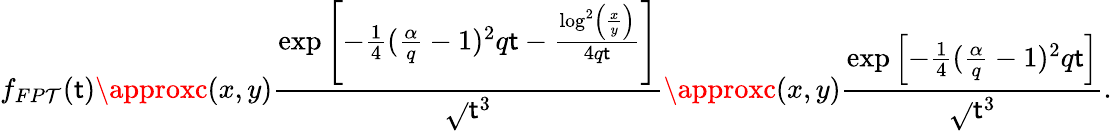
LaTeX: f_{FP\mathcal{T}}(\mathsf{t})\approxc(x,y)\frac{{\exp\left[-\frac{{1}}{{4}}(\frac{{\alpha}}{{q}}-1)^{2}q\mathsf{t}-\frac{{\log^{2}\left(\frac{{x}}{{y}}\right)}}{{4q\mathsf{t}}}\right]}}{{\sqrt{}{{\mathsf{t}^{3}}}}}\approxc(x,y)\frac{{\exp\left[-\frac{{1}}{{4}}(\frac{{\alpha}}{{q}}-1)^{2}q\mathsf{t}\right]}}{{\sqrt{}{{\mathsf{t}^{3}}}}}.